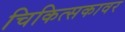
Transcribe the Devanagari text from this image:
चिकित्सकावर